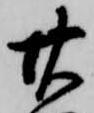
廿